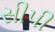
સીપી